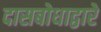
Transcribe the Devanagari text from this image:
दासबोधाद्वारे